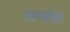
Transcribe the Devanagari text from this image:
अण्तर्गत